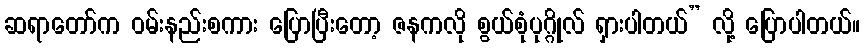
ဆရာတော်က ဝမ်းနည်းစကား ပြောပြီးတော့ ဇနကလို စွယ်စုံပုဂ္ဂိုလ် ရှားပါတယ်” လို့ ပြောပါတယ်။